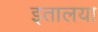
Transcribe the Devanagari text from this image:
इतालया